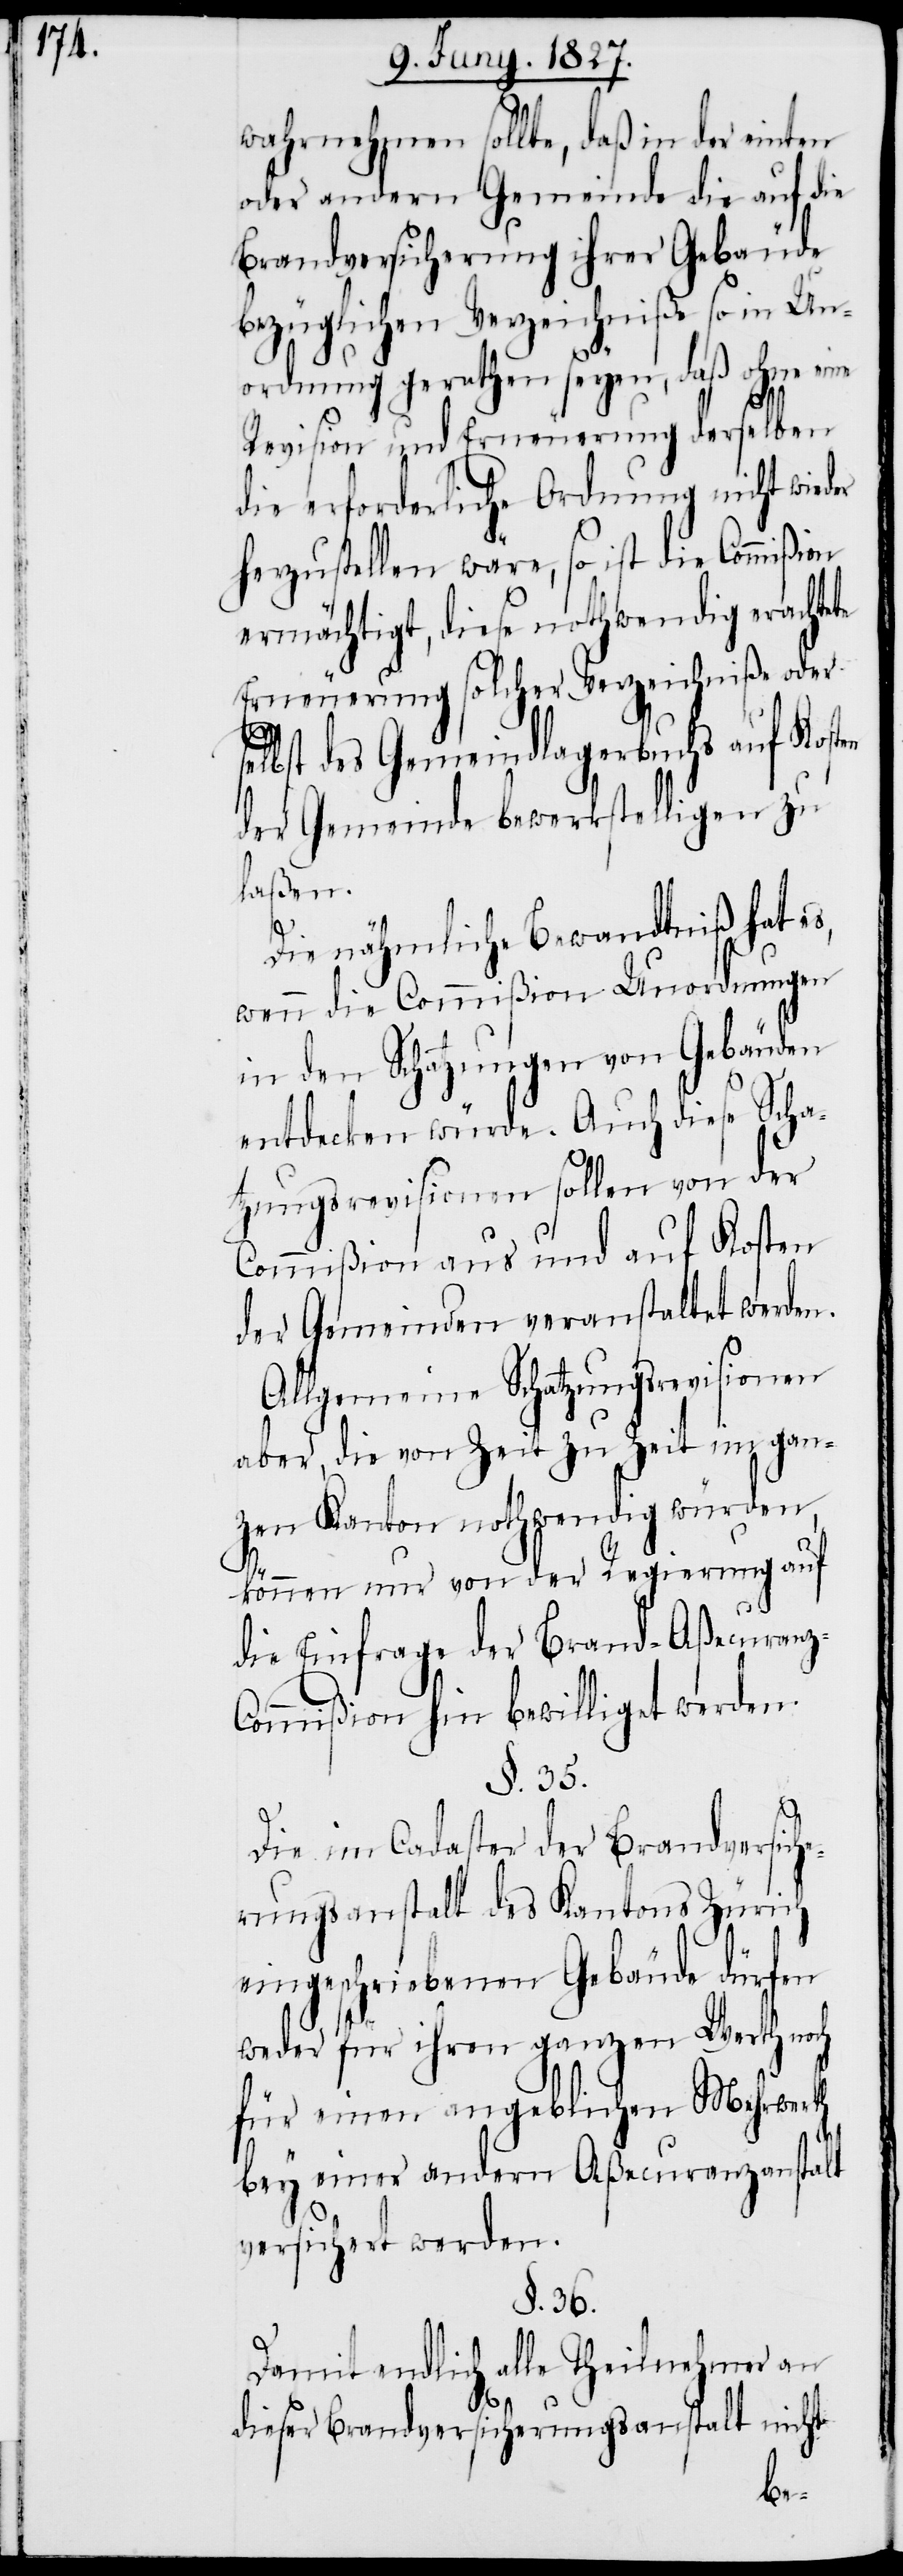
wahrnehmen sollte, daß in der einten
oder andern Gemeinde die auf die
Brandversicherung ihrer Gebäude
bezüglichen Verzeichniße so in Un¬
ordnung gerathen seyen, daß ohne eine
Revision und Erneuerung derselben
die erforderliche Ordnung nicht wieder
herzustellen wäre, so ist die Commißion
ermächtigt, diese nothwendig erachtete
Erneuerung solcher Verzeichniße oder
elbst des Gemeindlagerbuchs auf Kosten
der Gemeinde bewerkstelligen zu
laßen.
z-C¬
Die nähmliche Bewandtniß hat es,
wenn die Commißion Unordnungen
in den Schätzungen von Gebäuden
entdecken würde. Auch diese Scha¬
tzungsrevisionen sollen von der
Commißion aus und auf Kosten
der Gemeinden veranstaltet werden.
Allgemeine Schätzungsrevisionen
aber, die von Zeit zu Zeit im gan¬
zen Kanton nothwendig würden,
s¬
können nur von der Regierung auf
die Einfrage der Brand-Aßecuran¬
ommißion hin bewilligt werden.
§. 35.
Die im Cadaster der Brandversich¬
erungsanstalt des Kantons Zürich
eingeschriebenen Gebäude dürfen
weder für ihren ganzen Werth noch
für einen angeblichen Mehrwerth
bey einer andern Aßecuranzanstalt
versichert werden.
§. 36.
Damit endlich alle Theilnehmenden
dieser Brandversicherungsanstalt nicht